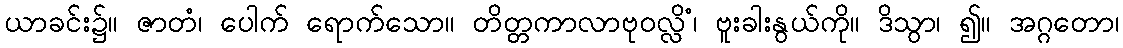
ယာခင်း၌။ ဇာတံ၊ ပေါက် ရောက်သော။ တိတ္တကာလာဗုဝလ္လိံ၊ ဗူးခါးနွယ်ကို။ ဒိသွာ၊ ၍။ အဂ္ဂတော၊